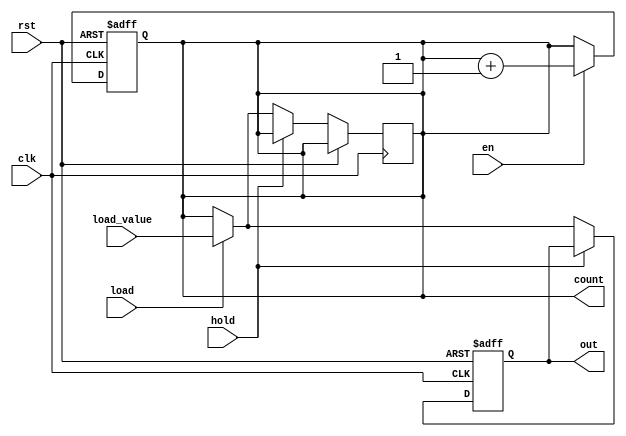
module synchronous_counter (
    input wire clk,            // Clock signal
    input wire rst,            // Asynchronous reset signal
    input wire en,             // Enable signal for counting
    input wire hold,           // Control signal to hold the output
    input wire load,           // Control signal to load a specific value
    input wire [3:0] load_value, // Value to load into the counter
    output reg [3:0] count,    // Counter output
    output reg [3:0] out       // Final output based on control logic
);

// Synchronous counter logic
always @(posedge clk or posedge rst) begin
    if (rst) begin
        count <= 4'b0000;      // Reset counter to zero
    end else if (en) begin
        count <= count + 1;    // Increment counter
    end
end

// Output control logic
always @(posedge clk or posedge rst) begin
    if (rst) begin
        out <= 4'b0000;        // Reset output to zero
    end else if (hold) begin
        // Hold the output value
        out <= out;            // Maintain the current output value
    end else if (load) begin
        // Load the specified value into the counter
        count <= load_value;   // Load the new value into the counter
        out <= load_value;      // Update output to the loaded value
    end else begin
        // Update output with the current count value when enabled
        out <= count;          // Reflect the current count
    end
end

endmodule